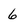
Character: 6